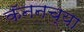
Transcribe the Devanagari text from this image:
कॅननच्या